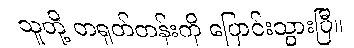
သူတို့ တရုတ်တန်းကို ပြောင်းသွားပြီ။